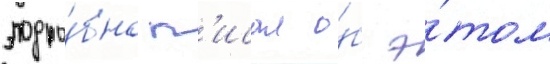
подро́бно п'исал о́б э́том